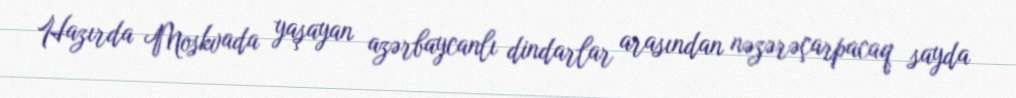
Hazırda Moskvada yaşayan azərbaycanlı dindarlar arasından nəzərəçarpacaq sayda